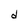
Character: d